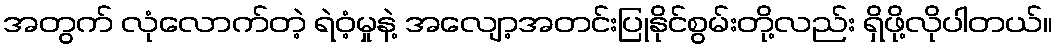
အတွက် လုံလောက်တဲ့ ရဲဝံ့မှုနဲ့ အလျော့အတင်းပြုနိုင်စွမ်းတို့လည်း ရှိဖို့လိုပါတယ်။